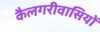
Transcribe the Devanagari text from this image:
कैलगरीवासियों